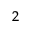
_ { 2 }